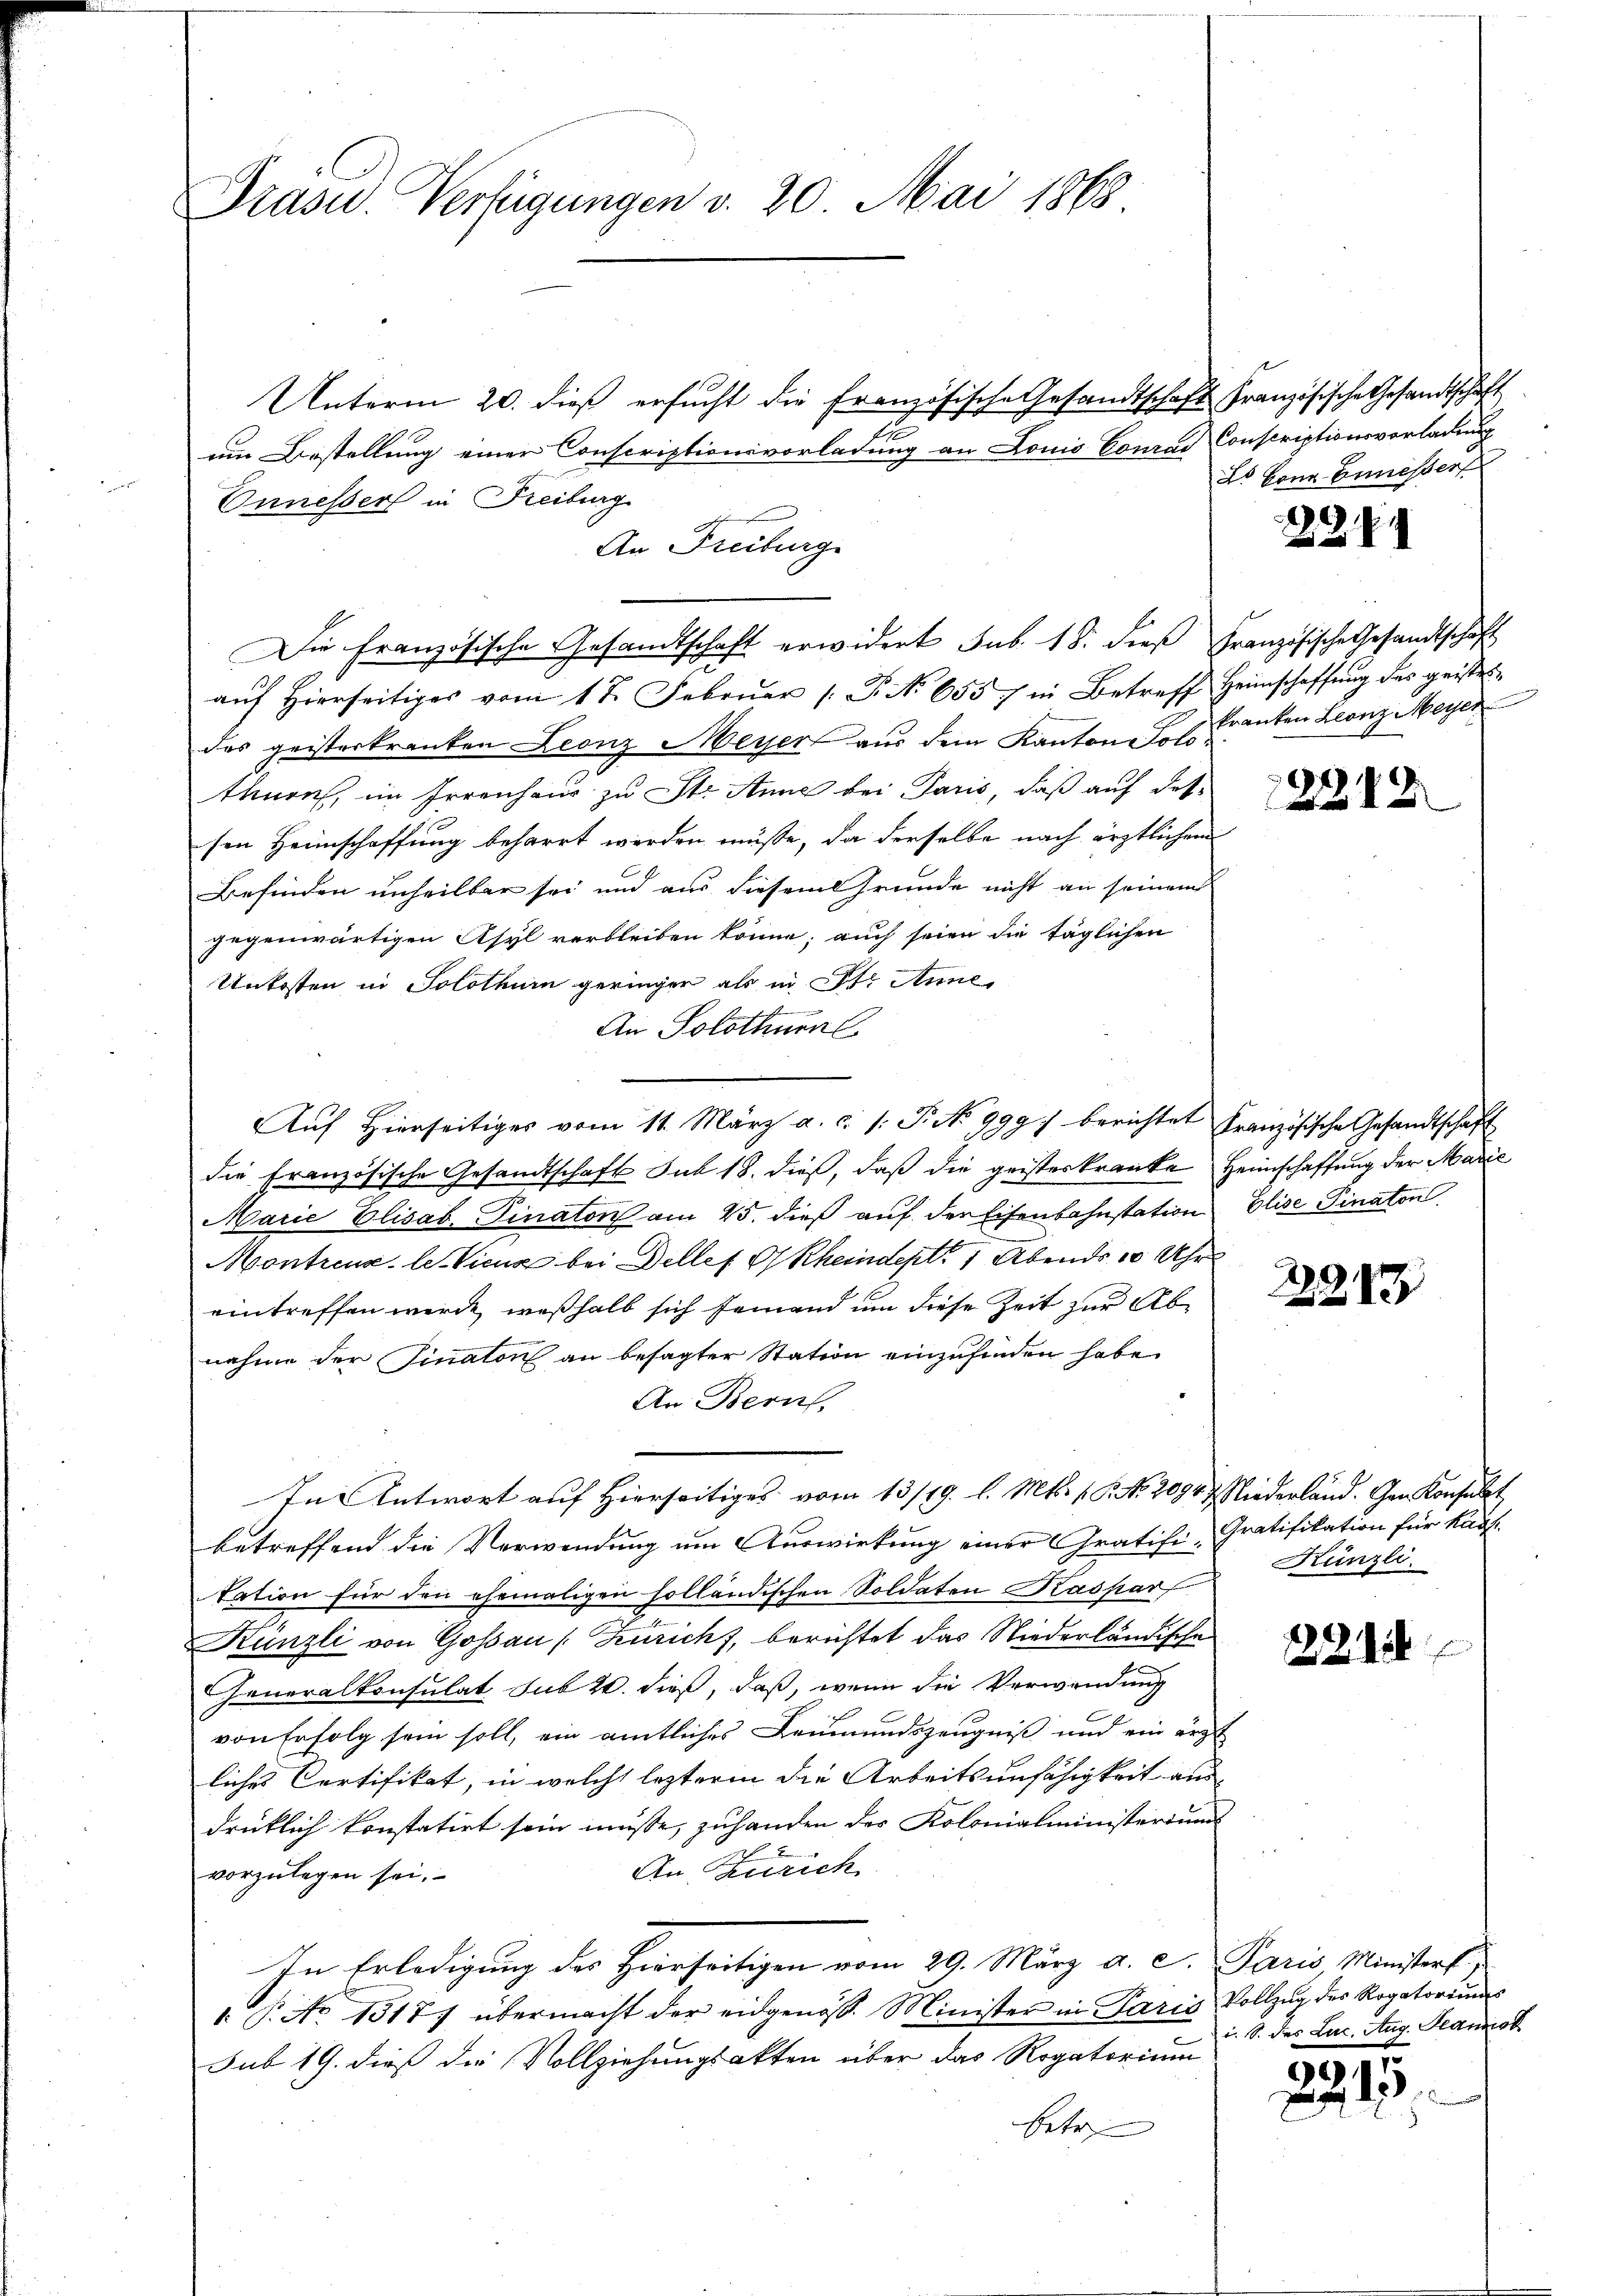
Präsid. Verfügungen v. 20. Mai 1868

Unterm 20. dieß ersucht die Französische Gesandtschaft Französische Gesandtschaft

z
um Bestellung einer Conscriptionsvorladung an Louis Conrad Conscriptionsvorladung

Auf Hierseitiges vom 11. März a. c. /: P. No 9997 berichtet französische Gesandtschaft

Onnesser in Freiburg
An Freiburg
Die Französische Gesandtschaft erwidert sub. 18. dies Französische Gesandtschaft
aŭf hierseitiges vom 1 t Februar (T. N. 655 7 in Betreff Heimschaffung des geistetdas geisterkranken Leonz Meyer aus dem Kanton Jos. Franken Leonz Meyer
thurn, im Irrenhaus zu St. Anne bei Paris, daß auf dessen Heimschaffung beharrt werden müsse, da derselbe nach ärztlichen
Befinden unheilbar sei und aus diesem Grunde nicht an seinem
gegenwärtigen Asyl verbleiben könne; auch seien die täglichen
Unkosten in Solothurn geringer als in St. Anne
An Solothurn
die französische Gesandtschaft Sub 18. dieß, daß die geisteskranke Heimschaffung der Marie
Marie Elisab. Finaton am 25. dieß auf der Eisenbahnstation Elise Pinaton
Montreux, les Vicus bei Delles Rheindept. 1 Abends 10 Uhr
eintreffen werde, weßhalb sich jemand um diese Zeit zur Abnahme der Finaton an besagter Station einzufinden habe.
An Bern,
In Antwort auf Hierseitiges vom 13/19. l. Mts. 1. P. Nr. 2094 & Niederland. Gen Konsulat
betreffend die Verwendung um Auswirkung einer Gratifi-Gratifikation für Kant
Nation für den ehemaligen holländischen Soldaten Kaspar
Künzli von Goßau (Züricht, berichtet das Niederländische
Generalkonsulat sub 20. dieß, daß, wenn die Verwendung
von Erfolg sein soll, ein amtliches Leumundszeugniß und ein ärzt
liches Certifikat, in welche lezteren die Arbeitsunfähigkeit aus
drüklich konstatirt sein müsse, zuhanden der Kolonialministeriums
An Zürich
vorzulegen sei.
In Erledigung des Hierseitigen vom 29. März a. c. Paris, Ministerf
1. P. No 1317. übermacht der eidgenöss. Minister in Paris Vollzŭg des Rogatoriŭms
sub 19. dieß die Vollziehungsakten über das Rogatorium
betre

ds von Ennesser

29

22212

2283

Künzli.

222128

i. S. des Luc. Aug. Sanok

291